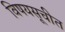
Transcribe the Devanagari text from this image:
विषयसूचीत